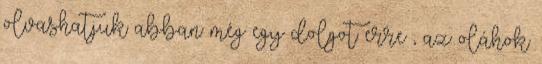
olvashatjuk abban még egy dolgot erre ; az oláhok